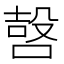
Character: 𠹢